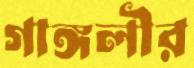
গাঙ্গলীর